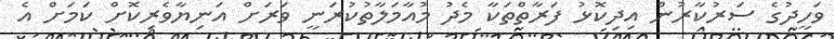
ވަހީދުގެ ސަރުކާރުން އިދިކޮޅު ފަރާތްތަކާ މެދު މުއާމަލާތުކުރަނީ ވަރަށް އަނިޔާވެރިކޮށް ކަމަށް އެ